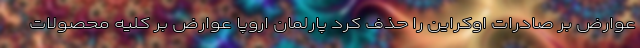
عوارض بر صادرات اوکراین را حذف کرد پارلمان اروپا عوارض بر کلیه محصولات